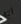
انه